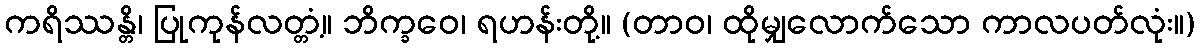
ကရိဿန္တိ၊ ပြုကုန်လတ္တံ့။ ဘိက္ခဝေ၊ ရဟန်းတို့။ (တာဝ၊ ထိုမျှလောက်သော ကာလပတ်လုံး။)